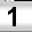
Digit: 1